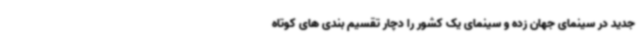
جدید در سینمای جهان زده و سینمای یک کشور را دچار تقسیم بندی های کوتاه